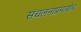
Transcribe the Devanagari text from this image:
संचलनाप्रमाणेच